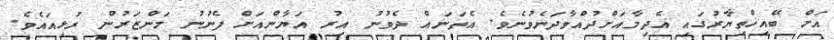
އަށް ބޭއިޚްތިޔާރުގައި އެދިމާއަށްދުއްވާދަނެވުނެވެ. އެތަނައް ދެވުނު އިރު އަޔާންއަށް ފެނުނު މަންޒަރުން ރުޅިއައެވެ.